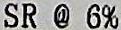
SR @ 6%